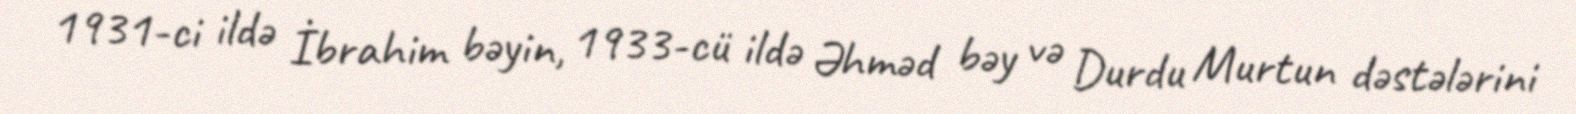
1931-ci ildə İbrahim bəyin, 1933-cü ildə Əhməd bəy və Durdu Murtun dəstələrini